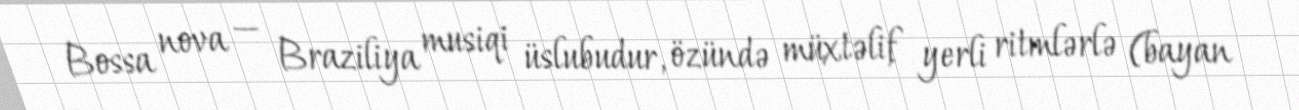
Bossa nova — Braziliya musiqi üslubudur, özündə müxtəlif yerli ritmlərlə (bayan